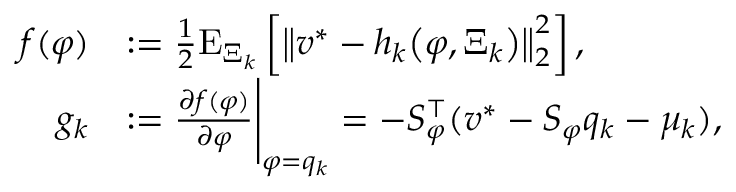
\begin{array} { r l } { f ( \varphi ) } & { : = \frac { 1 } { 2 } \mathrm { E } _ { \Xi _ { k } } \left[ \big \| v ^ { * } - h _ { k } \big ( \varphi , \Xi _ { k } \big ) \big \| _ { 2 } ^ { 2 } \right] , } \\ { g _ { k } } & { : = \frac { \partial f ( \varphi ) } { \partial \varphi } \Bigg | _ { \varphi = q _ { k } } = - S _ { \varphi } ^ { \top } ( v ^ { * } - S _ { \varphi } q _ { k } - \mu _ { k } ) , } \end{array}